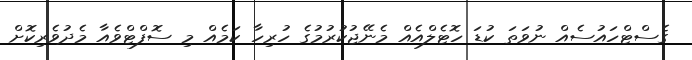
ގެސްޓްހައުސެއް ނުވަތަ ކުޑަ ހޮޓެލްއެއް މެނޭޖުކުރުމުގެ ހުރިހާ ކަމެއް މި ސޮފްޓްވެއާ މެދުވެރިކޮށް